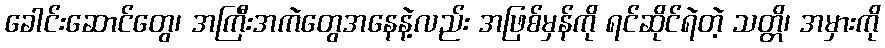
ခေါင်းဆောင်တွေ၊ အကြီးအကဲတွေအနေနဲ့လည်း အဖြစ်မှန်ကို ရင်ဆိုင်ရဲတဲ့ သတ္တိ၊ အမှားကို